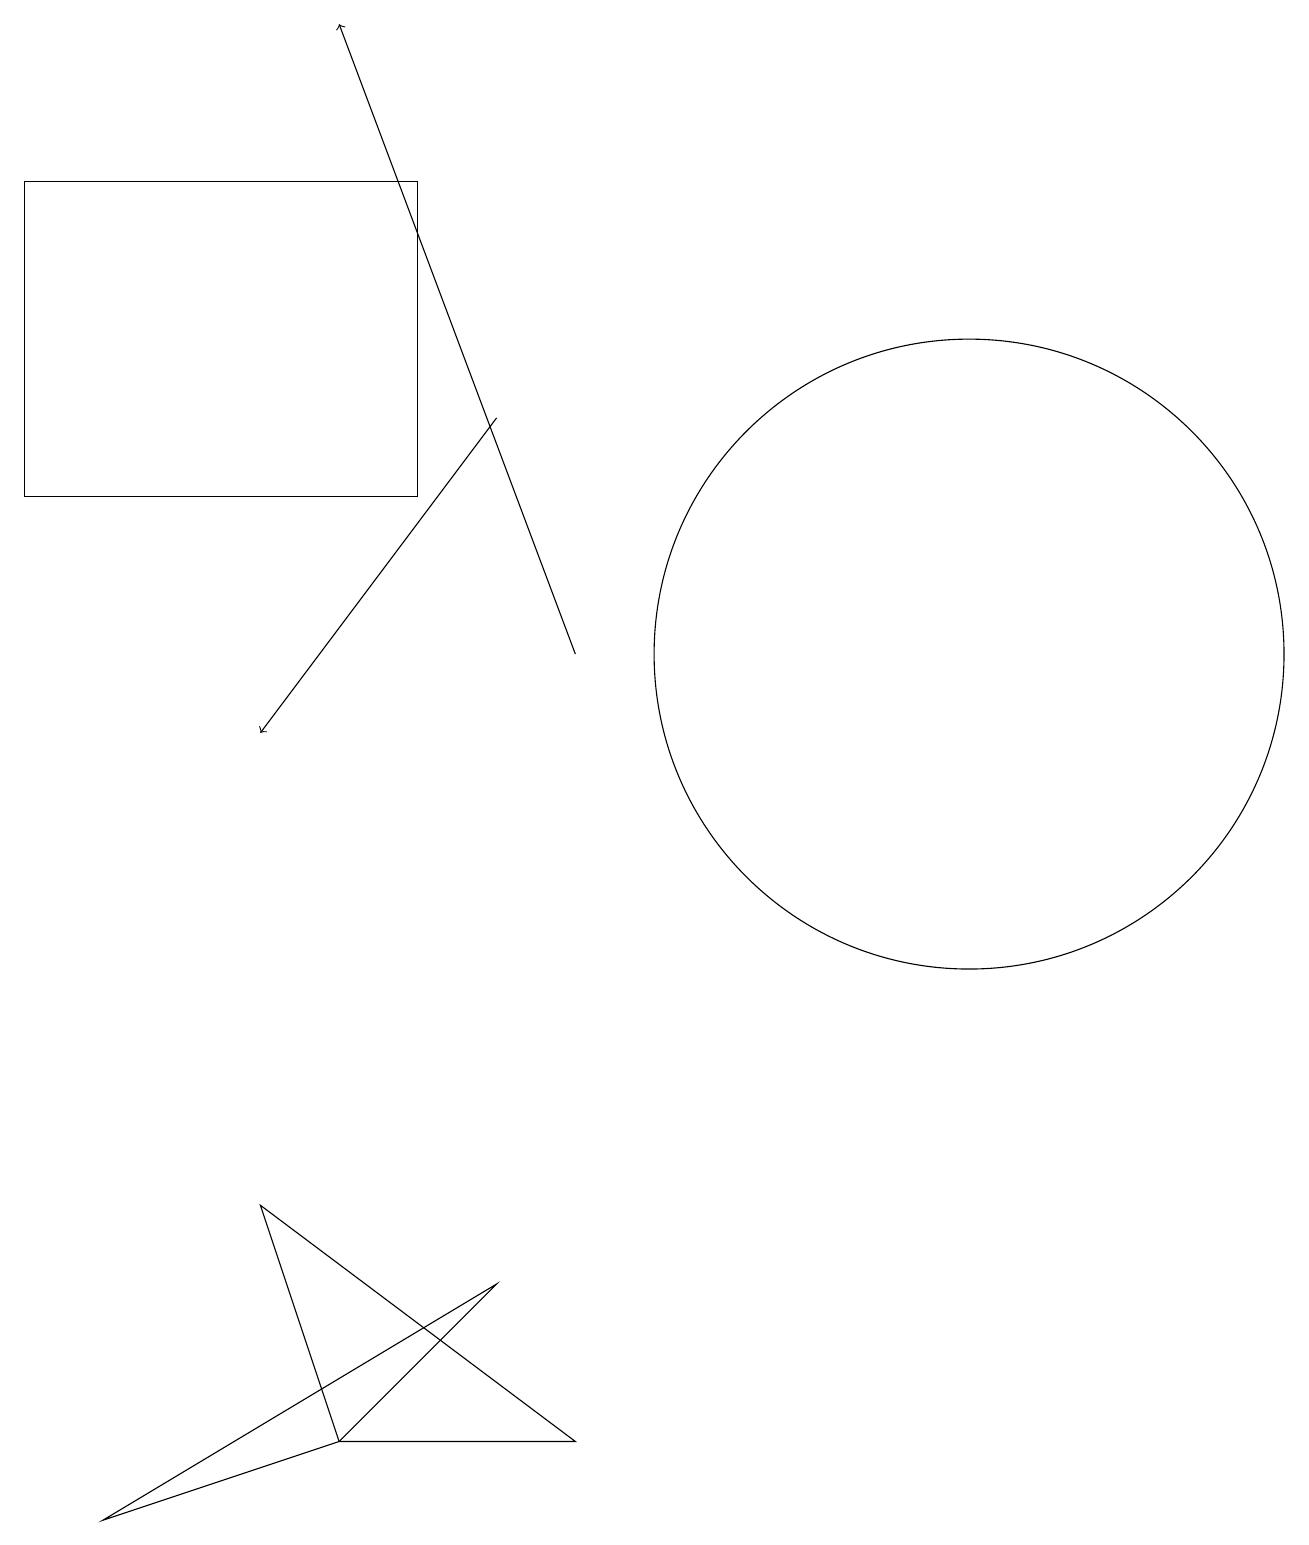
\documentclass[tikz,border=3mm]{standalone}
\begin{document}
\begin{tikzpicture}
\draw (12,11) circle (4);
\draw[->] (7,11) -- (4,19);
\draw (6,3) -- (4,1) -- (1,0) -- cycle;
\draw[->] (6,14) -- (3,10);
\draw (3,4) -- (4,1) -- (7,1) -- cycle;
\draw (5,17) rectangle (0,13);
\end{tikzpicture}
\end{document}